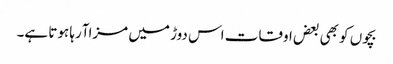
بچوں کو بھی بعض اوقات اس دوڑ میں مزاآرہا ہوتا ہے۔